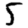
Digit: 5